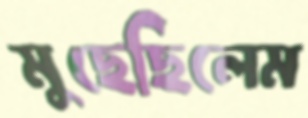
মুছেছিলেম